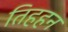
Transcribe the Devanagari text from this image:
तिहहन